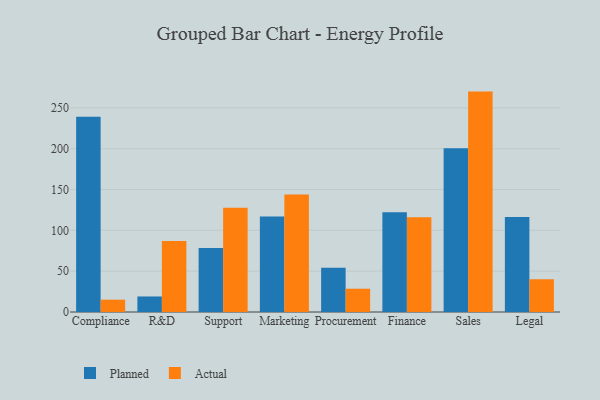
{"axis": {"x": "Department", "y": "Inventory Turnover"}, "legend": ["Actual", "Planned"], "data": [{"x": "Compliance", "y": 239.0, "type": "Planned"}, {"x": "Compliance", "y": 15.1, "type": "Actual"}, {"x": "R&D", "y": 19.0, "type": "Planned"}, {"x": "R&D", "y": 86.8, "type": "Actual"}, {"x": "Support", "y": 78.3, "type": "Planned"}, {"x": "Support", "y": 127.8, "type": "Actual"}, {"x": "Marketing", "y": 116.9, "type": "Planned"}, {"x": "Marketing", "y": 144.0, "type": "Actual"}, {"x": "Procurement", "y": 54.3, "type": "Planned"}, {"x": "Procurement", "y": 28.5, "type": "Actual"}, {"x": "Finance", "y": 122.3, "type": "Planned"}, {"x": "Finance", "y": 115.9, "type": "Actual"}, {"x": "Sales", "y": 200.4, "type": "Planned"}, {"x": "Sales", "y": 269.9, "type": "Actual"}, {"x": "Legal", "y": 116.2, "type": "Planned"}, {"x": "Legal", "y": 40.1, "type": "Actual"}]}